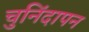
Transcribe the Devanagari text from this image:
चुनिंदापन